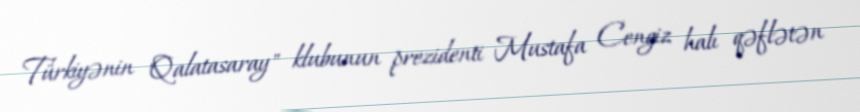
Türkiyənin "Qalatasaray" klubunun prezidenti Mustafa Cengiz halı qəflətən